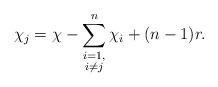
LaTeX: \begin{align*}\chi_j = \chi - \sum_{\substack{i = 1,\\ i \neq j}}^{n} \chi_i + (n-1)r. \end{align*}